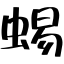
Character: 蜴